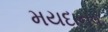
મયદાનવ